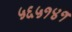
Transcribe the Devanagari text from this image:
५६५१४१